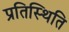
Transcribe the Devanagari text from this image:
प्रतिस्थिति